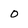
Character: o